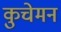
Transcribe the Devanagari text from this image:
कुचेमन